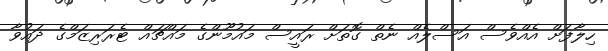
ހިލާފަށް އެއްވެސް އަސްލެއް ނެތް ގޮތަށް ރައީސް މައުމޫންގެ މައްޗައް ޓެރަރިޒަމްގެ ދައުވާ